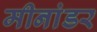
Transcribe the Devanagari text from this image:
मीनांडर